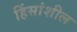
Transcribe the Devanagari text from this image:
हिंसांशील